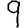
Digit: 9